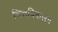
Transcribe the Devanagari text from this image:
चित्तविकलन